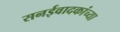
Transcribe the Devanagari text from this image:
सनईवादकांच्या